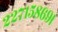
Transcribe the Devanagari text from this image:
२२७१५८६९।